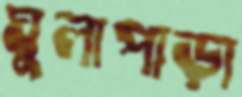
ঘুলাপাড়া